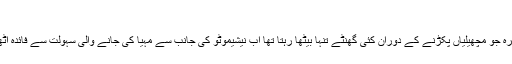
’’
ایک مچھیرہ جو مچھیلیاں پکڑنے کے دوران کئی گھنٹے تنہا بیٹھا رہتا تھا اب نیشیموٹو کی جانب سے مہیا کی جانے والی سہولت سے فائدہ اٹھا رہا ہے۔